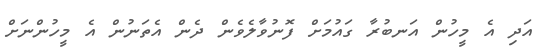
އަދި އެ މީހުން އަނބުރާ ގައުމަށް ފޮނުވާލެވެން ދެން އެތަނުން އެ މީހުންނަށް